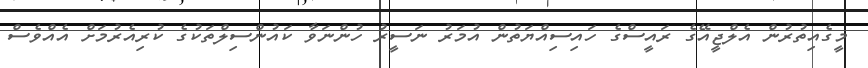
މީގެއިތުރުން އެލްޖީއޭގެ ރައީސްގެ ހައިސިއްޔަތުން އުމަރު ނަސީރު ހުންނަވާ ކައުންސިލްތަކުގެ ކުރިއެރުމަށް އެއްވެސް